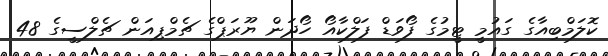
ކޮލަމްބިއާގެ ގައުމީ ޓީމުގެ ފޯވަޑް ފަލްކާއޯ ހޯދަން ޔޫރަޕްގެ ޗެމްޕިއަން ޗެލްސީގެ 48